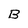
Character: B